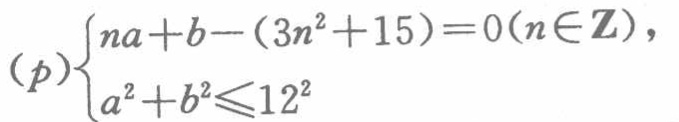
\((p)\begin{cases}na + b-(3n^{2}+15)=0(n\in\mathbf{Z}),\\a^{2}+b^{2}\leqslant12^{2}\end{cases}\)